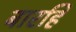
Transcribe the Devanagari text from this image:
बारहिं